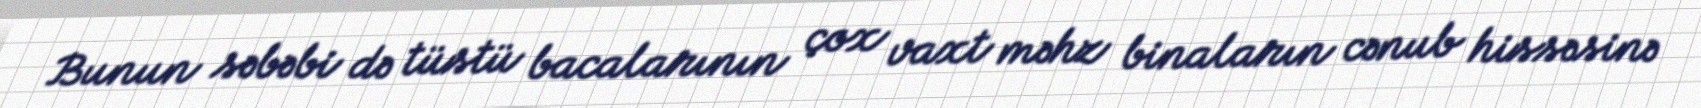
Bunun səbəbi də tüstü bacalarının çox vaxt məhz binaların cənub hissəsinə